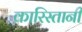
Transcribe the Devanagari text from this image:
कारिस्तानी